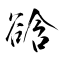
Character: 谽